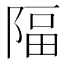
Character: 𨺤